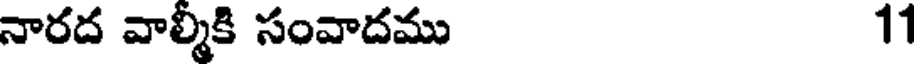
నారద వాల్మీకి సంవాదము 11